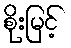
စိုးမြင့်